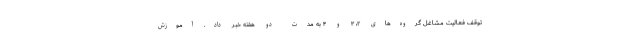
توقف فعالیت مشاغل گروه‌های ۲، ۳ و ۴ به مدت دو هفته خبر داد. آموزش